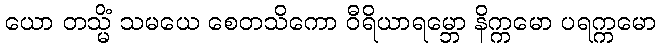
ယော တသ္မိံ သမယေ စေတသိကော ဝီရိယာရမ္ဘော နိက္ကမော ပရက္ကမော